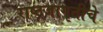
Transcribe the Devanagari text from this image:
राष्ट्रजागृतीचे